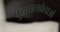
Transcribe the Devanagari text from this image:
पुरातत्ववेताओं